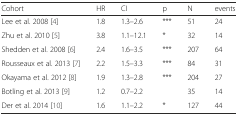
| Cohort | HR | CI | p | N | events |
 | --- | --- | --- | --- | --- | --- |
 | Lee et al. 2008 [4] | 1.8 | 1.3–2.6 | *** | 51 | 24 |
 | Zhu et al. 2010 [5] | 3.8 | 1.1–12.1 | * | 32 | 14 |
 | Shedden et al. 2008 [6] | 2.4 | 1.6–3.5 | *** | 207 | 64 |
 | Rousseaux et al. 2013 [7] | 2.2 | 1.5–3.3 | *** | 84 | 31 |
 | Okayama et al. 2012 [8] | 1.9 | 1.3–2.8 | *** | 204 | 27 |
 | Botling et al. 2013 [9] | 1.2 | 0.7–2.2 |  | 35 | 14 |
 | Der et al. 2014 [10] | 1.6 | 1.1–2.2 | * | 127 | 44 |